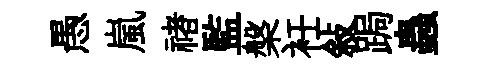
愚嵐禇監槃衽敍跼蟲